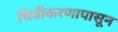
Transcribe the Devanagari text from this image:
चित्रीकरणापासून